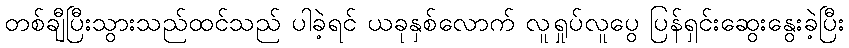
တစ်ချီပြီးသွားသည်ထင်သည် ပါခဲ့ရင် ယခုနှစ်လောက် လူရှုပ်လူပွေ ပြန်ရှင်းဆွေးနွေးခဲ့ပြီး